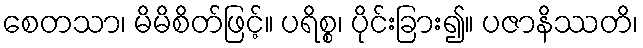
စေတသာ၊ မိမိစိတ်ဖြင့်။ ပရိစ္စ၊ ပိုင်းခြား၍။ ပဇာနိဿတိ၊